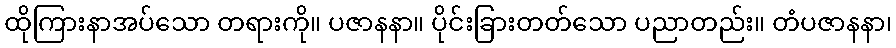
ထိုကြားနာအပ်သော တရားကို။ ပဇာနနာ။ ပိုင်းခြားတတ်သော ပညာတည်း။ တံပဇာနနာ၊